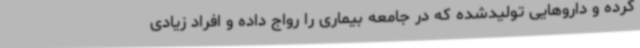
کرده و داروهایی تولیدشده که در جامعه بیماری را رواج داده و افراد زیادی